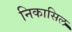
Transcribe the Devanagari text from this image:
निकासिल